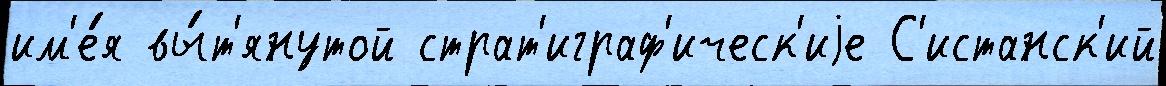
им'е́я вы́т'янутой страт'играф'ическ'иjе С'истанск'ий